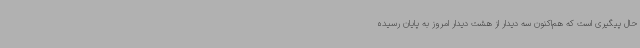
حال پیگیری است که هم‌اکنون سه دیدار از هشت دیدار امروز به پایان رسیده